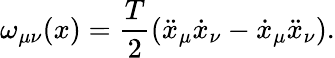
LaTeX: \omega_{\mu\nu}(x)={\frac{T}{2}}(\ddot{x}_{\mu}\dot{x}_{\nu}-\dot{x}_{\mu}\ddot{x}_{\nu}).